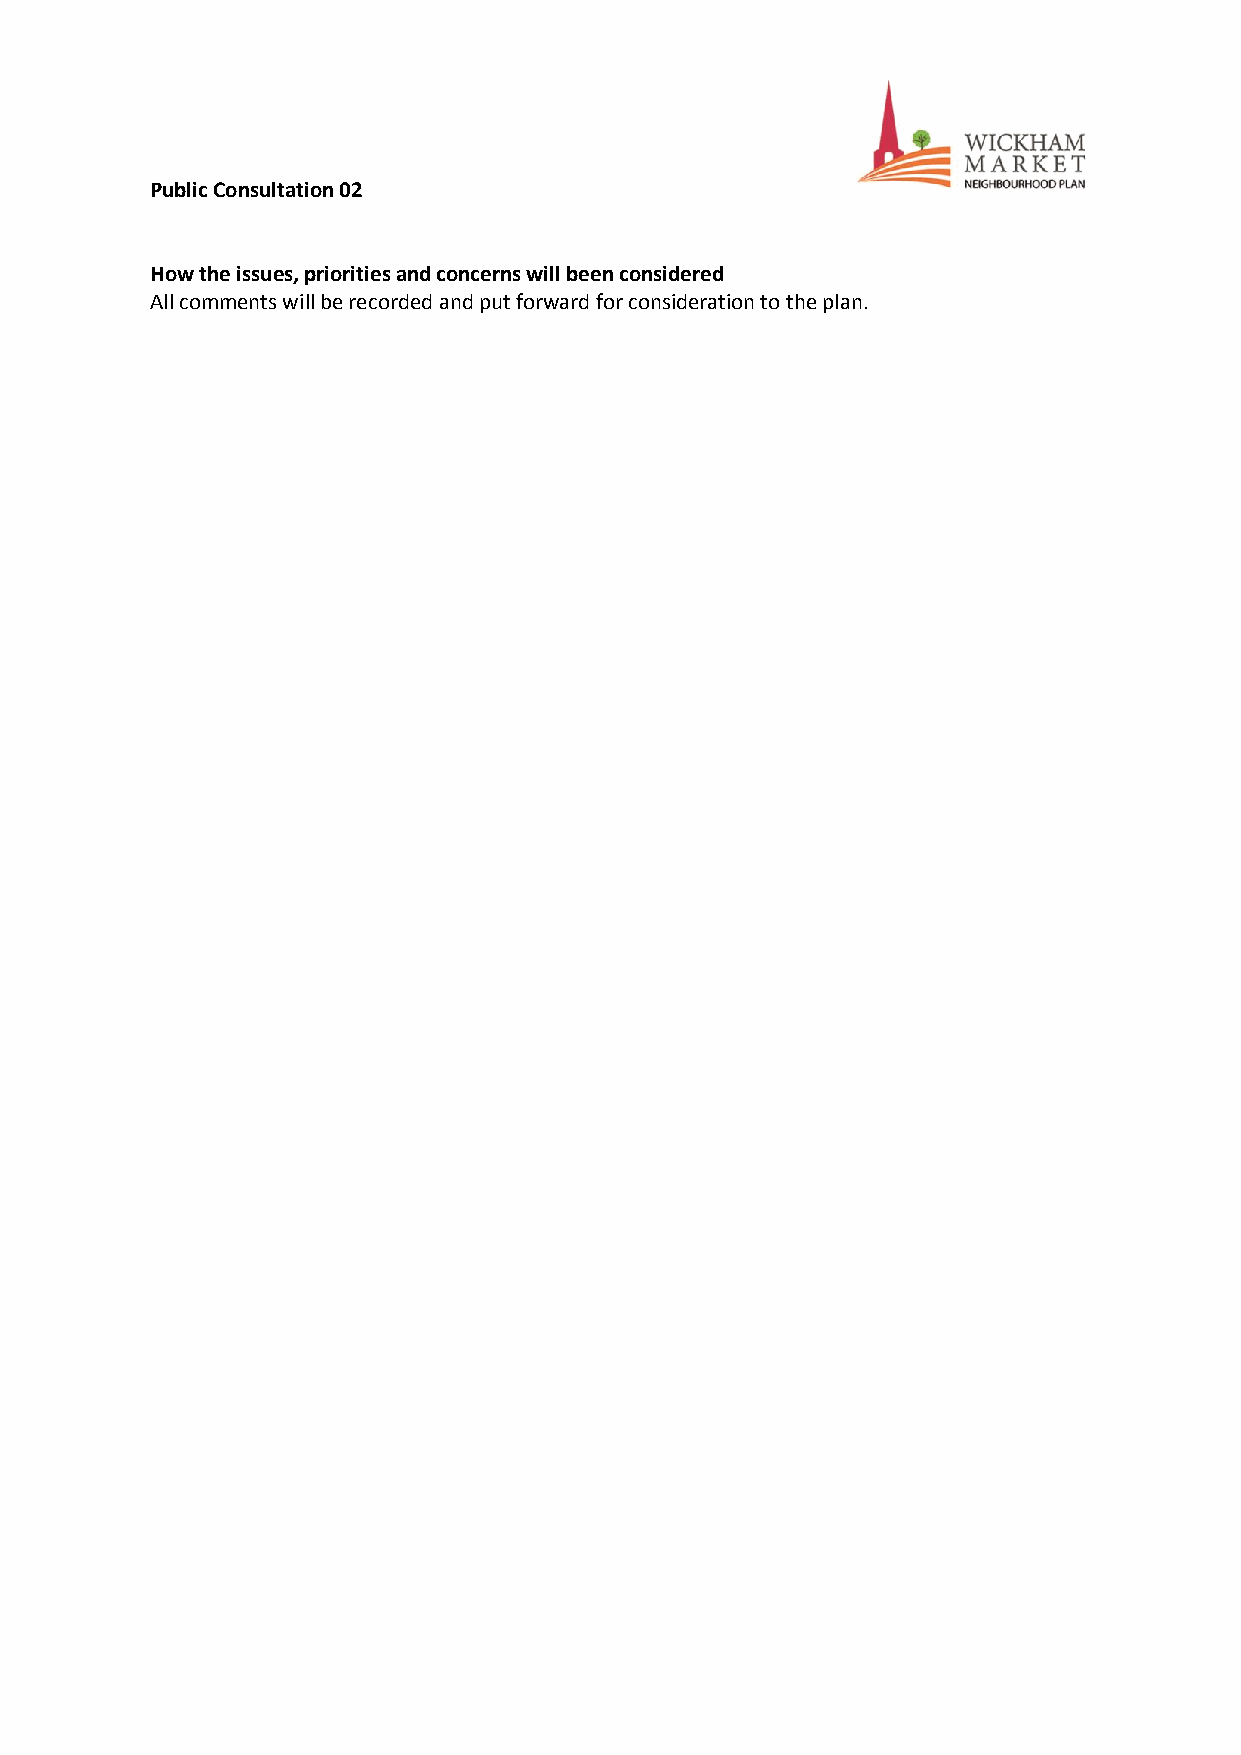
Public Consultation 02
 How the issues, priorities and concerns will been considered
 All comments will be recorded and put forward for consideration to the plan.